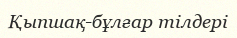
Қыпшақ-бұлғар тілдері